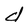
Character: d